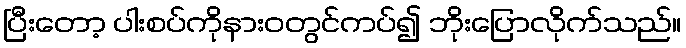
ပြီးတော့ ပါးစပ်ကိုနားဝတွင်ကပ်၍ ဘိုးပြောလိုက်သည်။